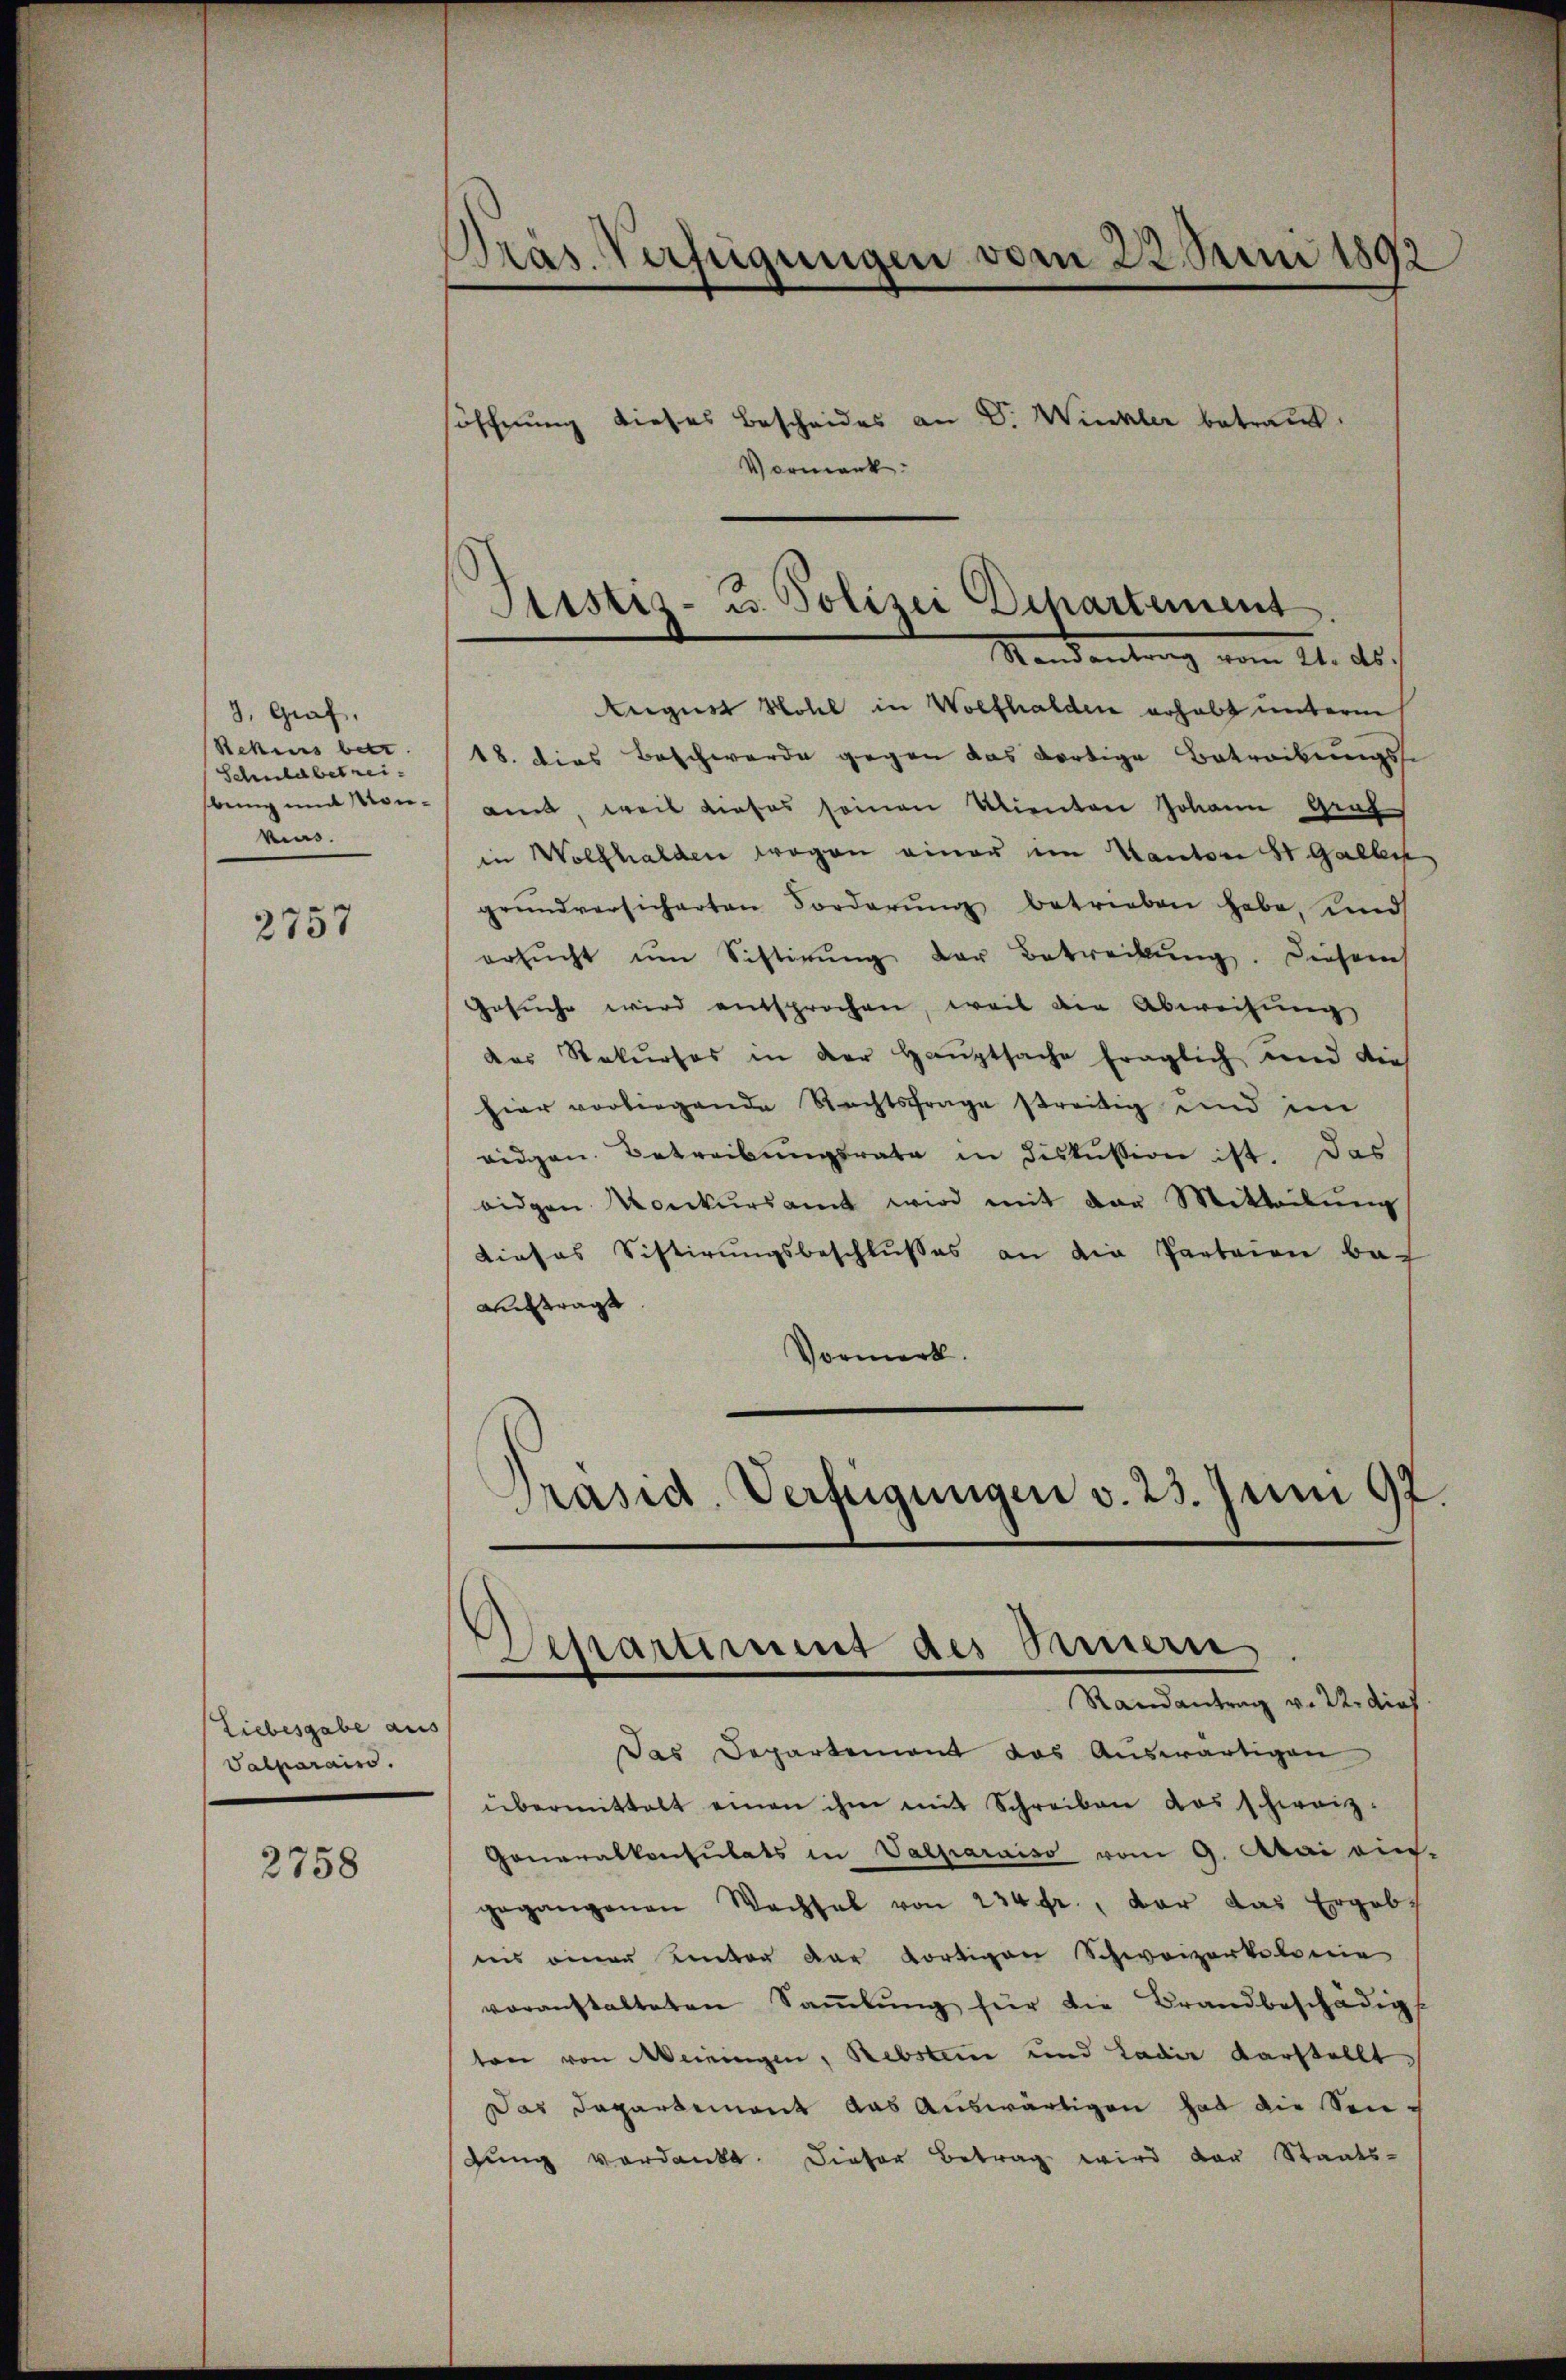
3, Graf.
Rehius betr.
Schuldbetreibung mit Monkins.

2757

Liebesgabe aus
Valparaiso

2758

Präs. Verfügungen vom 22. Juni 1892

öffnung dieses Bescheides an V. Winkler betraut.
Mandantrag vom 11. Auf
August Wohl in Wolfhalden erhabt unterm
18. dies Beschwerde gegen das dortige Betreibungsse
amt, weil dieses seinen Klienten Johann Graf
in Wolfhalden wogen einer im Kanton St. Galle
grundversicherten Forderŭng betrieben habe, und
ersŭcht ŭm Sistirŭng der Betreckŭng. Diesem
Gesŭche wird entsprochen, weil die Abweisung
das Rekŭrses in der Haŭptsache fraglich und die
hier vorliegende Rechtsfrage streitig und im
eidgen. Betreibungsrate in diskussion ist. Das
oiden Konkŭrsamt wird mit der Mitteilŭng
dieses Sistirŭngsbeschlŭβes an die Parteien be-
Auftragt
Vormerk.
Randantrag v. 22. dies
Das Departement das Auswärtigen
übermittelt einen ihn mit Schreiben das schweiz.
Generalkonsulats in Vaeparaiso vom 9. Mai ein.
gegangenen Wachsel von 234 fr., der das Ergebiis einer Unter der Kortigen Schweizerkolonie
voranstalteten Saṁlŭng für die Brandbeschädigs
ten von Meiningen, Rebsten und Ladir darstellt
Das Departement das Auswärtigen hat die Senbŭng verdankt. Dieser Betrag wird der Staats-

Justiz- u. Polizei Departement

Präsid. Verfügungen v. 23. Juni 192.
Schartie des Innern